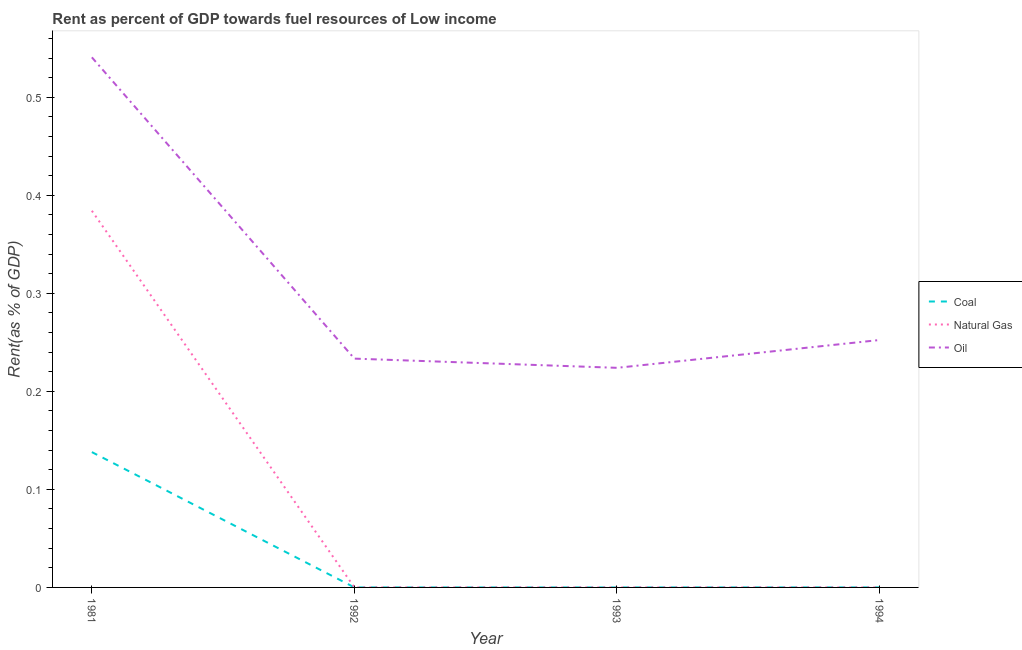
| Year | Coal | Natural Gas | Oil |
 | --- | --- | --- | --- |
 | 1981 | 0.138 | 0.384 | 0.541 |
 | 1992 | 1.22e-05 | 1.66e-05 | 0.233 |
 | 1993 | 8.24e-06 | 1.98e-05 | 0.224 |
 | 1994 | 4.27e-05 | 1.67e-05 | 0.252 |